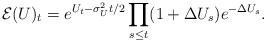
LaTeX: \begin{align*}\mathcal{E}(U)_t = e^{U_t - \sigma_U^2 t/2} \prod_{s \leq t} (1 + \Delta U_s)e^{-\Delta U_s}.\end{align*}